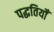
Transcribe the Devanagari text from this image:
पद्धतियोँ